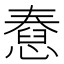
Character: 憃